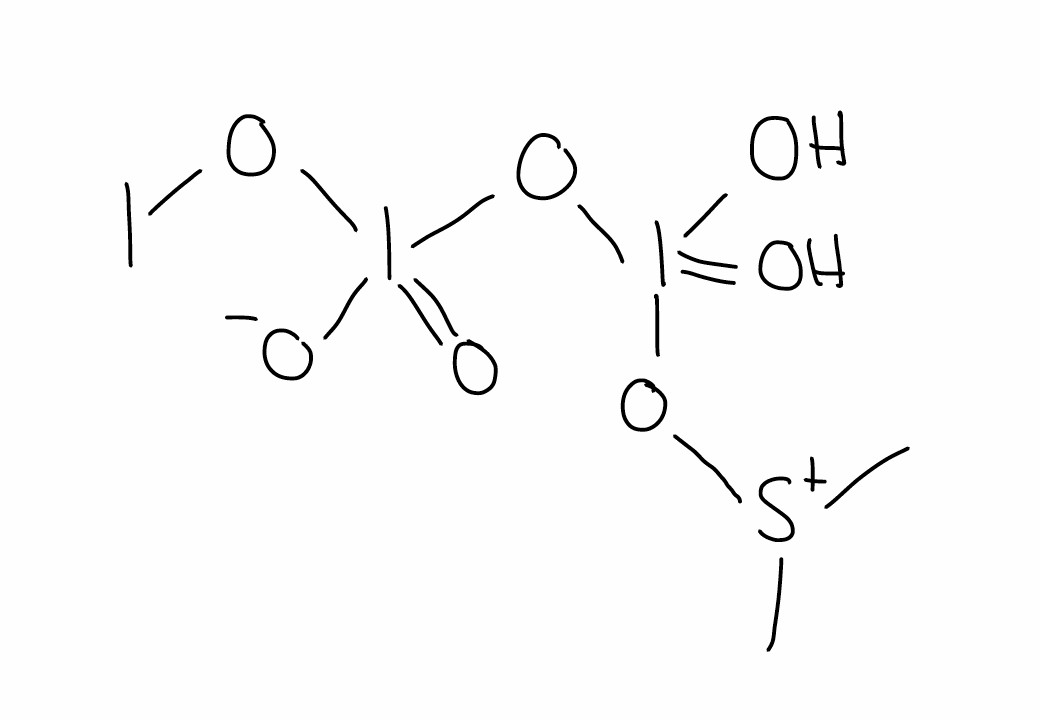
Simplified molecular-input line-entry system (SMILES) notation of the given molecule:
C[S+](C)OI(=O)(O)OI(=O)([O-])OI